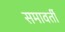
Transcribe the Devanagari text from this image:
समावर्ती